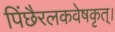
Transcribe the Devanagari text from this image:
पिंछैरलकवेषकृत्‌।